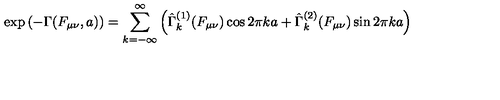
\exp \left( - \Gamma ( F _ { \mu \nu } , a ) \right) = \sum _ { k = - \infty } ^ { \infty } \left( \hat { \Gamma } _ { k } ^ { ( 1 ) } ( F _ { \mu \nu } ) \cos 2 \pi k a + \hat { \Gamma } _ { k } ^ { ( 2 ) } ( F _ { \mu \nu } ) \sin 2 \pi k a \right)